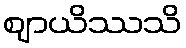
ဈာယိဿသိ